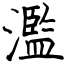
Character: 濫